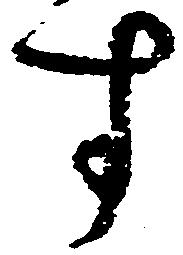
す